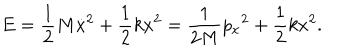
LaTeX: E = { \frac { 1 } { 2 } } M \dot { x } ^ { 2 } + { \frac { 1 } { 2 } } k x ^ { 2 } = { \frac { 1 } { 2 M } } { p _ { x } } ^ { 2 } + { \frac { 1 } { 2 } } k x ^ { 2 } .